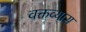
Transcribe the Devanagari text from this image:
वक्तव्यास